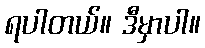
ရပါတယ်။ ဒီမှာပါ။